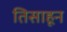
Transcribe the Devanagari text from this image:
तिसाहून